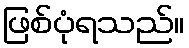
ဖြစ်ပုံရသည်။